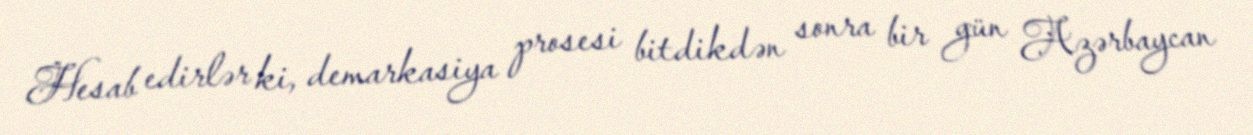
Hesab edirlər ki, demarkasiya prosesi bitdikdən sonra bir gün Azərbaycan